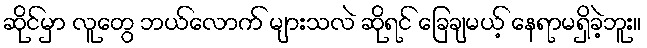
ဆိုင်မှာ လူတွေ ဘယ်လောက် များသလဲ ဆိုရင် ခြေချမယ့် နေရာမရှိခဲ့ဘူး။